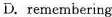
D. remembering